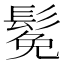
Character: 𫙁